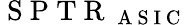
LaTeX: \mathrm{~S~P~T~R~}_{\mathrm{~A~S~I~C~}}